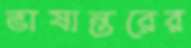
ভাষান্তরের